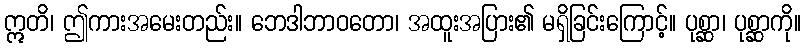
ဣတိ၊ ဤကားအမေးတည်း။ ဘေဒါဘာဝတော၊ အထူးအပြား၏ မရှိခြင်းကြောင့်။ ပုစ္ဆာ၊ ပုစ္ဆာကို။